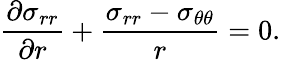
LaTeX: \frac{\partial\sigma_{rr}}{\partial r}+\frac{\sigma_{rr}-\sigma_{\theta\theta}}{r}=0.